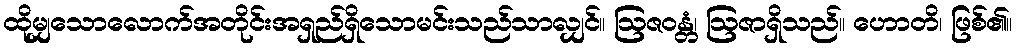
ထိုမျှသောလောက်အတိုင်းအရှည်ရှိသောမင်းသည်သာလျှင်။ ဩဇဝန္တံ၊ ဩဇာရှိသည်။ ဟောတိ၊ ဖြစ်၏။